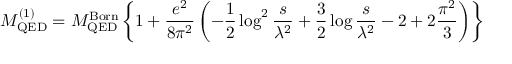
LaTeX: { \cal M } _ { \mathrm { Q E D } } ^ { ( 1 ) } = { \cal M } _ { \mathrm { Q E D } } ^ { \mathrm { B o r n } } \left\{ 1 + \frac { e ^ { 2 } } { 8 \pi ^ { 2 } } \left( - \frac { 1 } { 2 } \log ^ { 2 } \frac { s } { \lambda ^ { 2 } } + \frac { 3 } { 2 } \log \frac { s } { \lambda ^ { 2 } } - 2 + 2 \frac { \pi ^ { 2 } } { 3 } \right) \right\}